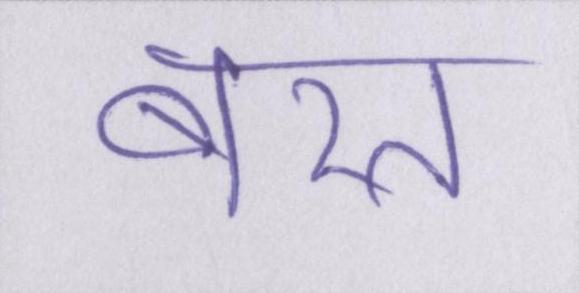
बरत